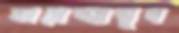
অসেত্মান্মুখ